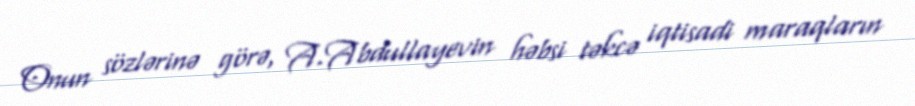
Onun sözlərinə görə, A.Abdullayevin həbsi təkcə iqtisadi maraqların